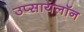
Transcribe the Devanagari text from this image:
उप्सायलॉन